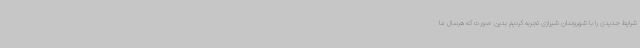
شرایط جدیدی را با شهروندان شیرازی تجربه کردیم بدین صورت که هرسال ما